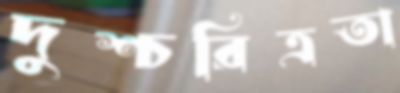
দুশ্চরিত্রতা